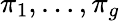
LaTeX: \pi_{1},\ldots,\pi_{g}